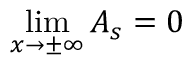
\operatorname* { l i m } _ { x \rightarrow \pm \infty } A _ { s } = 0